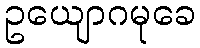
ဥယျောဂမုခေ